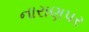
નારાણપર